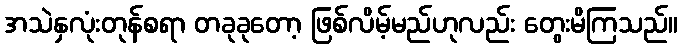
အသဲနှလုံးတုန်စရာ တခုခုတော့ ဖြစ်လိမ့်မည်ဟုလည်း တွေးမိကြသည်။